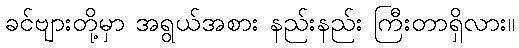
ခင်ဗျားတို့မှာ အရွယ်အစား နည်းနည်း ကြီးတာရှိလား။